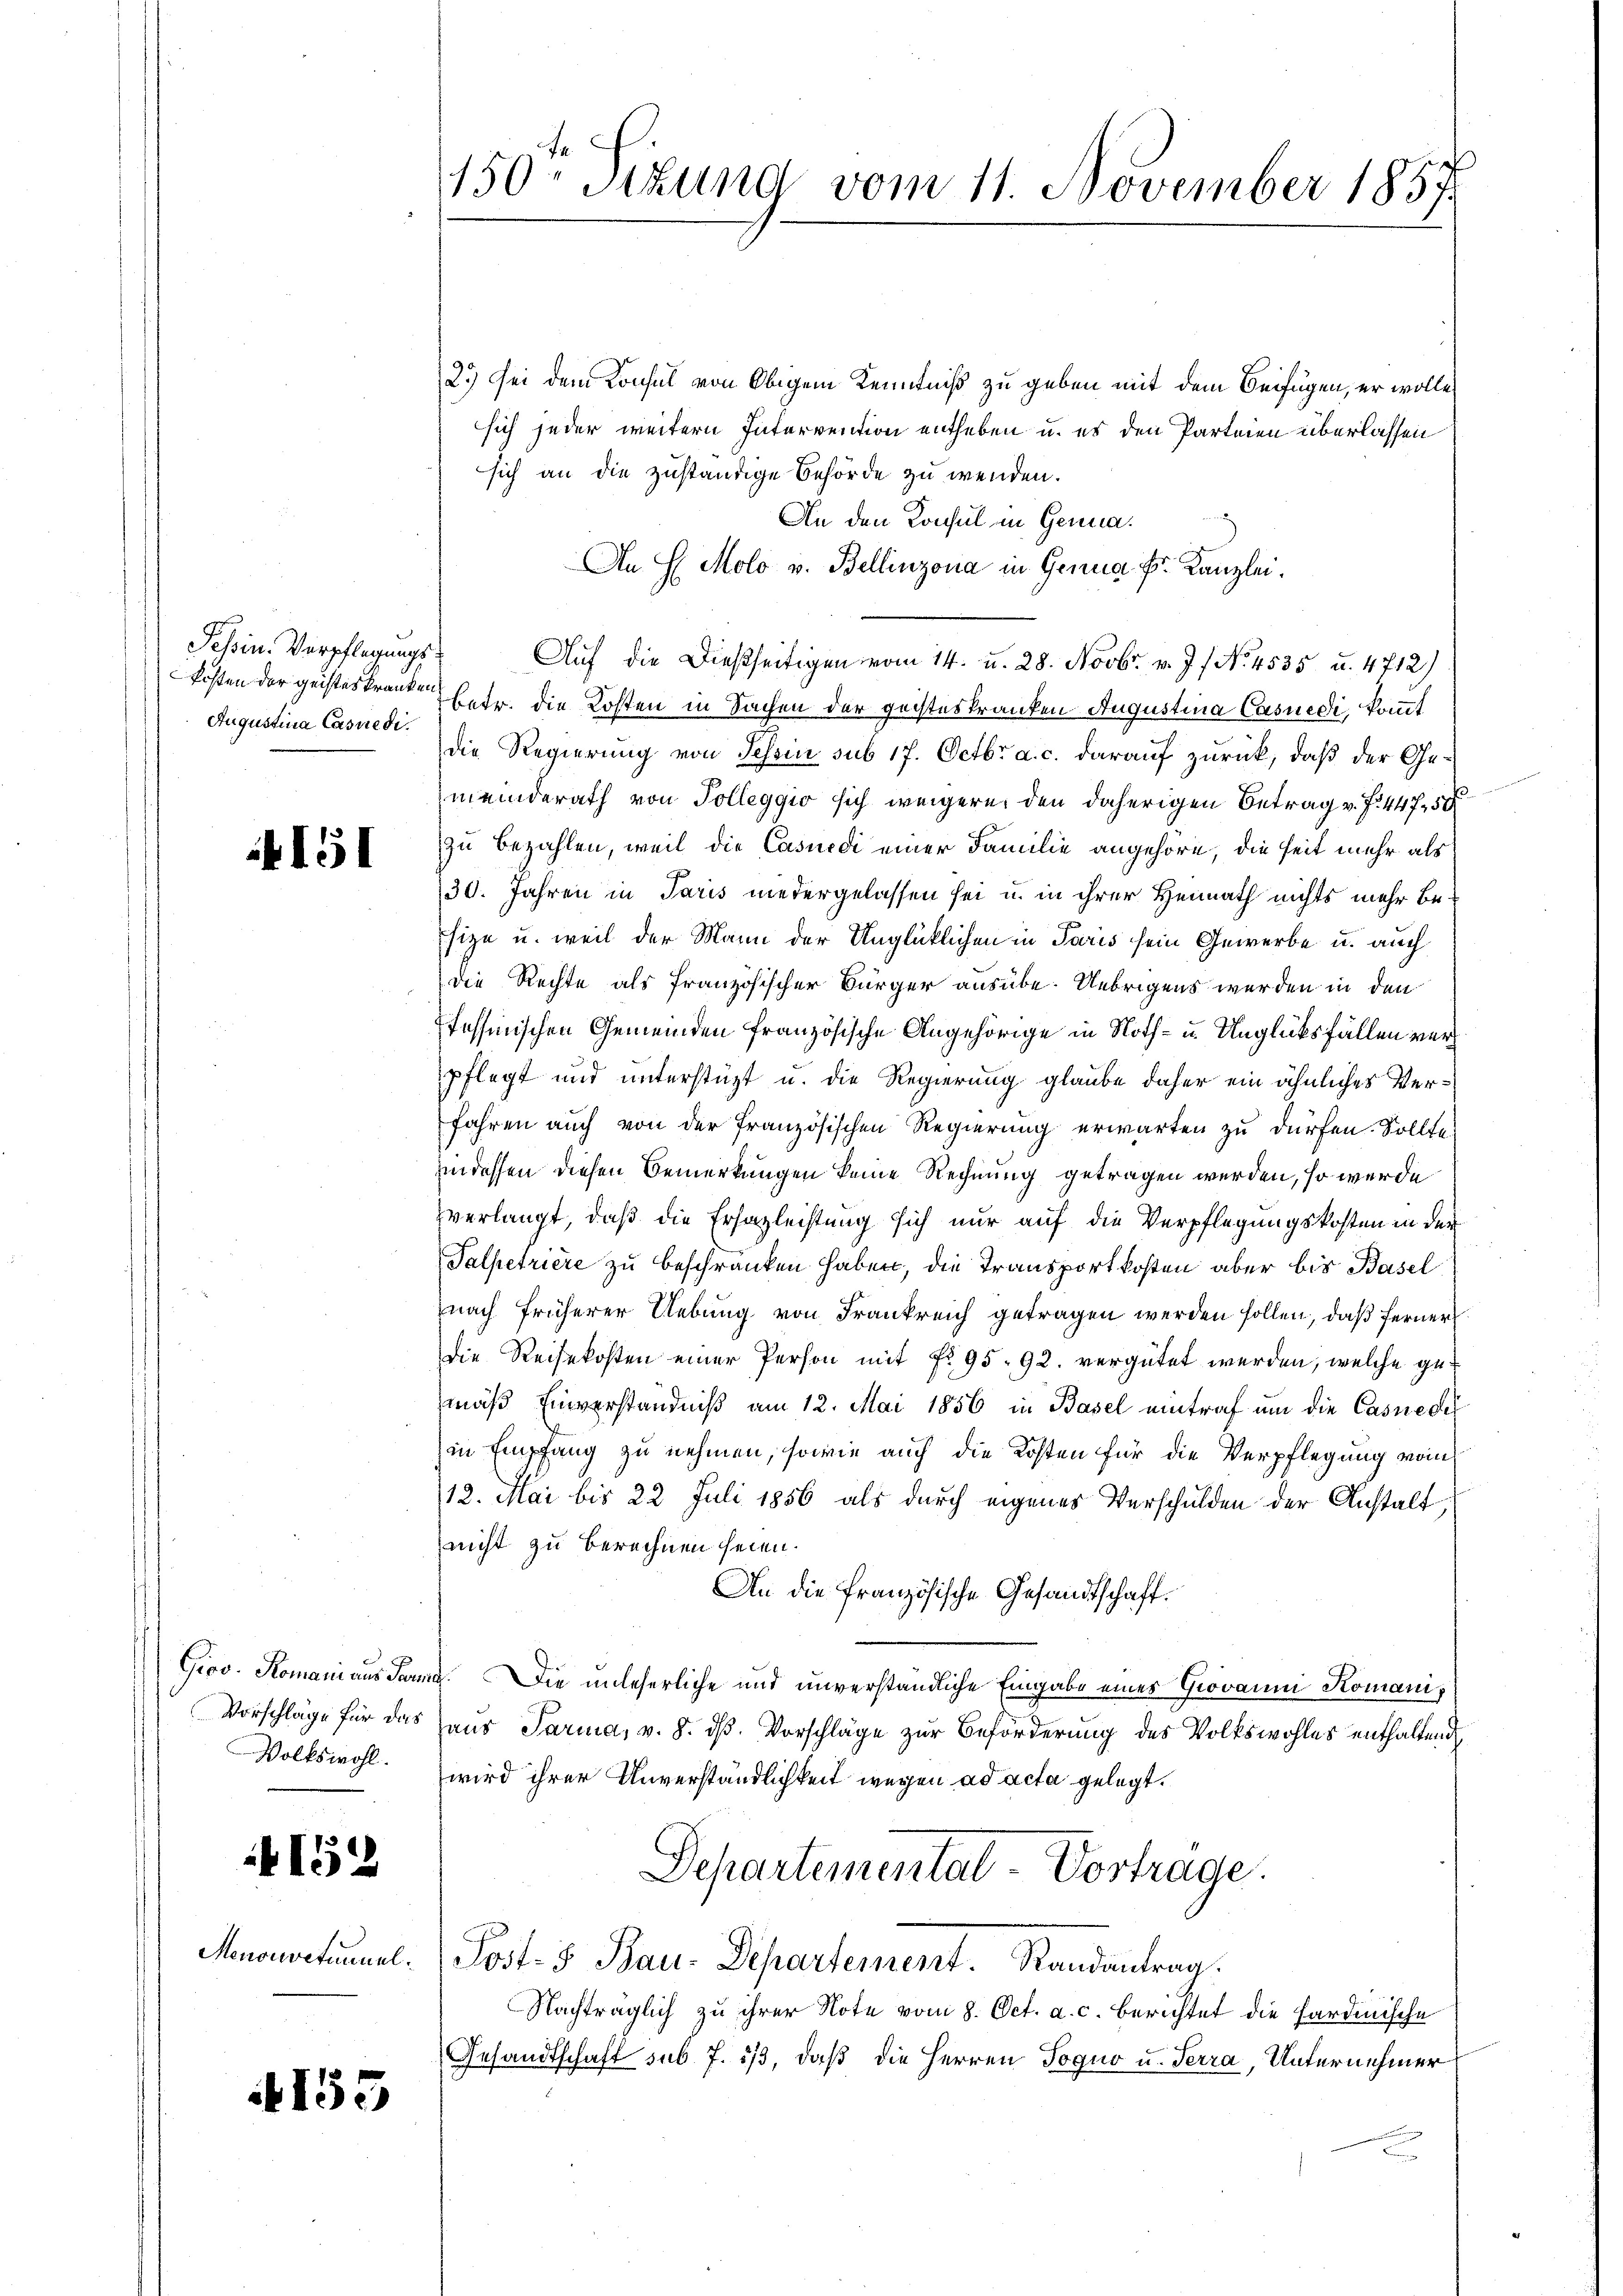
Tessin. Verpflegungs¬
Augustina Casnedi

151

Volkswohl.

152

4155

150 sizung vom 11. November 1857

2.) Sei dem Konsul von Obigem Kenntniß zu geben mit dem Beifügen, er wolle
sich jeder weitern Intervention entheben u. es den Parteien überlassen
sich an die zuständige Behörde zu wenden.
An den Konsul in Genua.
An H. Molo v. Bellinzona in Genua Fr. Kanzlei.
Auf die Dießseitigen vom 14. u. 28. Novbr. v. J. f No 4535 u. 4712)
kosten der geisteskranken betr. die Kosten in Sachen der geisteskranken Augustina Casuedi, kommt
die Regierung von Schein sub 17. Octbr. a. c. darauf zurück, daß der Gemeinderath von Tolleggio sich weigern den daherigen Betrag v. J. 447. 58
zu bezahlen, weil die Casuedi einer Familie angehöre, die Zeit mehr als
30. Jahren in Paris niedergelassen sei u. in ihrer Heimath nichts mehr besige u. weil der Mann der Unglücklichen in Paris sein Gewerbe u. auch
die Rechte als französischer Bürger ausübe. Uebrigens werden in den
fessinischen Gemeinden französische Angehörige in Noth- u. Unglücksfällen verpflegt und unterstüzt u. die Regierung glaube daher ein ähnliches Verfahren auch von der französischen Regierung erwarten zu dürfen. Sollte
iindessen diesen Bemerkungen keine Rechnung getragen werden, so werde
verlangt, daß die Erhazleistung sich nur auf die Verpflegungskosten in der
Talpetriere zu beschränken haben, die Transportkosten aber bis Basel
nach früherer Uebung von Frankreich getragen werden sollen, daß ferner
die Reisekosten einer Person mit No 95. 92. vergütet werden, welche gemäß Einverständniß am 12. Mai 1856 in Basel eintraf um die Casnede
in Empfang zu nehmen, sowie auch die Kosten für die Verpflegung vom
12. Mai bis 22 Juli 1856 als durch eigenes Verschulden der Anstalt,
nicht zu berechnen seien.
An die französische Gesandtschaft.
Grov. Romani aus Parma. Die unleserliche und unverständliche Eingabe eines Giovanni Komani,
Vorschläge für das Haus Parina, v. 8. dß. Vorschläge zur Beförderung des Volkswohles enthaltend
wird ihrer Unverständlichkeit wegen ad acta gelegt.
Departemental-Vortrage.
Muoretiuml. Post- & Bau-Departement. Randantrag:
Nachträglich zu ihrer Note vom 8. Oct. a. c. berichtet die sardinische
Gesandtschaft sub. f. 513, daß die Herren Togno u. Terra, Unternehmer
c